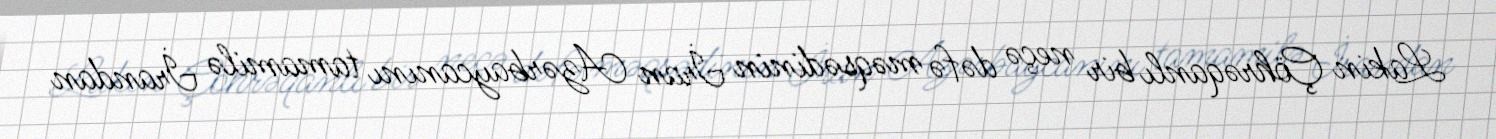
Lakin Çöhrəqanlı bir neçə dəfə məqsədinin İran Azərbaycanını tamamilə İrandan